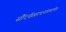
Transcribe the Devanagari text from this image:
सौंदर्यप्रसाधनांप्रमाणेच